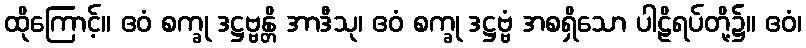
ထိုကြောင့်။ ဧဝံ စက္ခု ဒဋ္ဌဗ္ဗန္တိ အာဒီသု၊ ဧဝံ စက္ခု ဒဋ္ဌဗ္ဗံ အစရှိသော ပါဠိရပ်တို့၌။ ဧဝံ၊